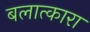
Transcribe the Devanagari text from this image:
बलात्कारा